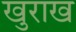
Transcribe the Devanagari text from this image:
खुराख